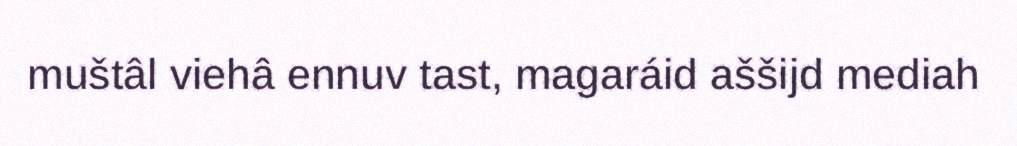
muštâl viehâ ennuv tast, magaráid aššijd mediah